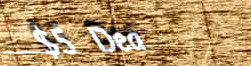
$5 Deal